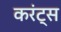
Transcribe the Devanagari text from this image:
करंट्स